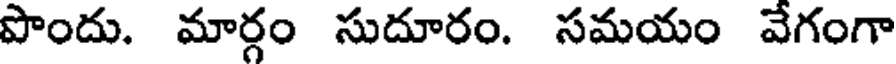
పొందు. మార్గం సుదూరం. సమయం వేగంగా